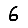
Digit: 6